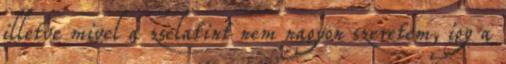
illetve mivel a zselatint nem nagyon szeretem, így a